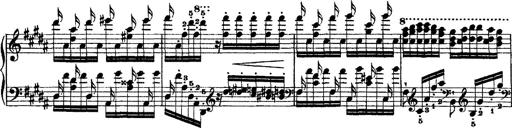
Title: Grandes Ã©tudes de Paganini
Composer: Franz Liszt